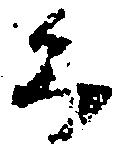
る